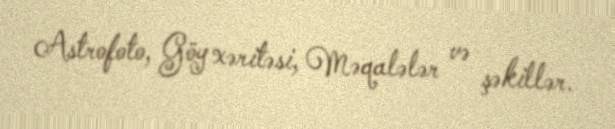
Astrofoto, Göy xəritəsi, Məqalələr və şəkillər.